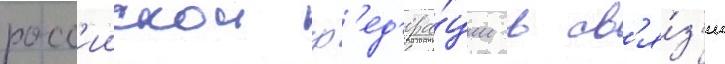
росс'иискои ф'ед'ера́ции в св'я́з'и